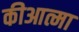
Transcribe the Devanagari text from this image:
कीआत्मा